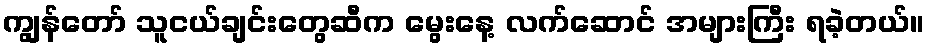
ကျွန်တော် သူငယ်ချင်းတွေဆီက မွေးနေ့ လက်ဆောင် အများကြီး ရခဲ့တယ်။